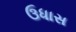
ઉધાસ